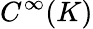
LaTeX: C^{\infty}(K)